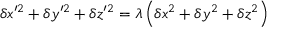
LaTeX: \delta x ^ { \prime 2 } + \delta y ^ { \prime 2 } + \delta z ^ { \prime 2 } = \lambda \left( \delta x ^ { 2 } + \delta y ^ { 2 } + \delta z ^ { 2 } \right)